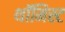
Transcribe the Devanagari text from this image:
थॉमिस्ट